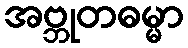
အဗ္ဘုတဓမ္မာ